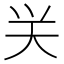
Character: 𮰴